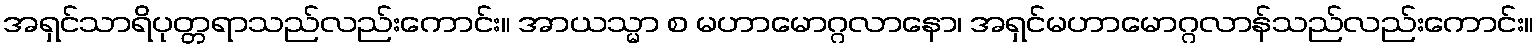
အရှင်သာရိပုတ္တရာသည်လည်းကောင်း။ အာယသ္မာ စ မဟာမောဂ္ဂလာနော၊ အရှင်မဟာမောဂ္ဂလာန်သည်လည်းကောင်း။